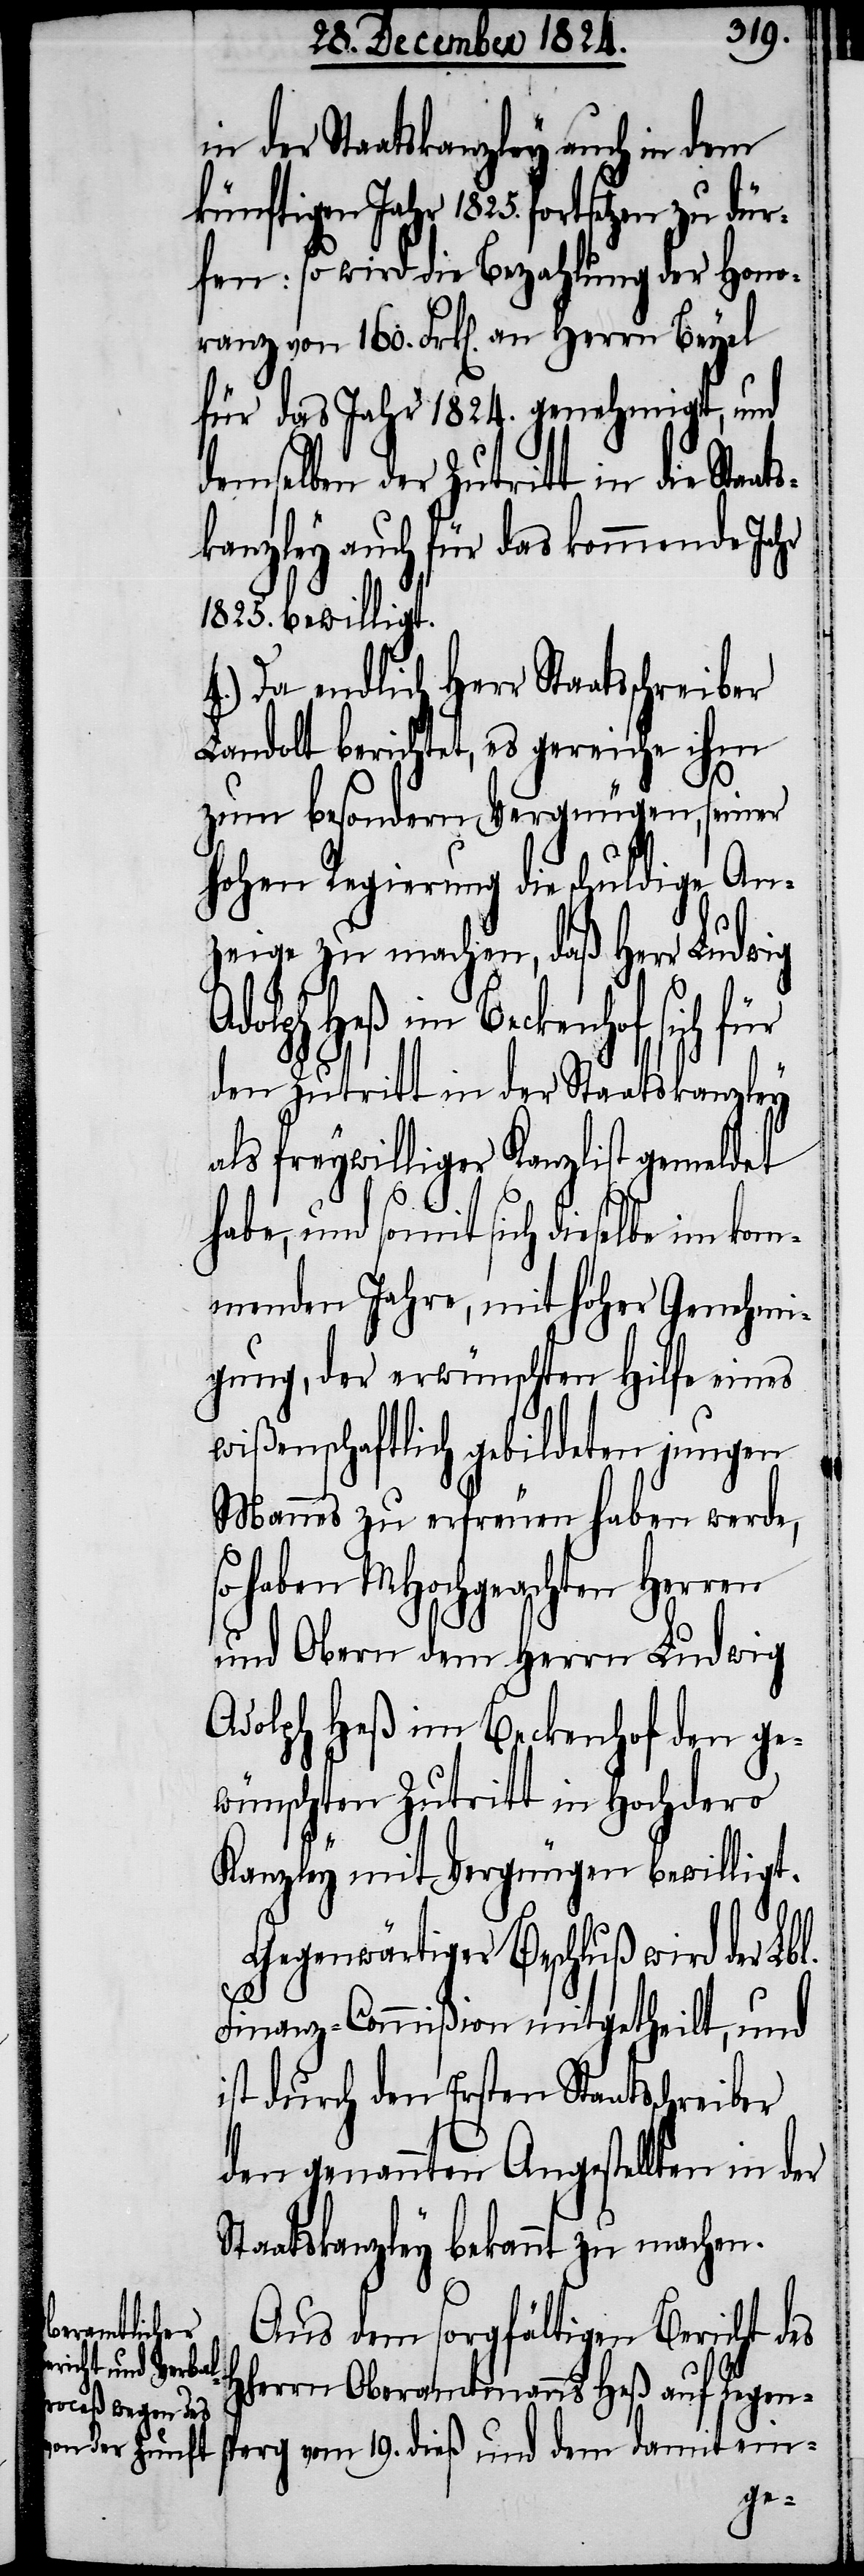
in der Staatskanzley auch in dem
künftigen Jahr 1825. fortsetzen zu
fen: so wird die Bezahlung der Hono¬
ranz von 160. Frk[en]. an Herrn Beyel
für das Jahr 1824. genehmigt, und
demselben der Zutritt in die Staat¬
skanzley auch für das kommende Jahr
1825. bewilligt.
4.) Da endlich Herr Staatsschreiber
Landolt berichtet, es gereiche ihm
zum besondern Vergnügen, seiner
hohen Regierung die schuldige An¬
zeige zu machen, daß Herr Ludwig
den Zutritt in der Staatskanzley
als freywilliger Kanzlist gemeldet
habe, und somit sich dieselbe im kom¬
menden Jahre, mit hoher Genehmi¬
gung der erwünschten Hilfe eines
wißenschaftlich gebildeten jungen
Mannes zu erfreuen haben werde,
haben MHochgeachten Herren
und Obern dem Herrn Ludwig
Adolph Heß im Beckenhof den ge¬
wünschten Zutritt in Hochdero
Kanzley mit Vergnügen bewilligt.
Gegenwärtiger Beschluß wird der Lbl.
Finanz-Commißion mitgetheilt, und
ist durch den Ersten Staatsschreiber
den genannten Angestellten in der
Staatskanzley bekannt zu machen.
Aus dem sorgfältigen Bericht des
HHerrn Oberamtmanns Heß auf Regens¬
perg vom 19. dieß und dem damit ein-
dür¬